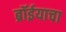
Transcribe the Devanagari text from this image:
ब्रॉईयाचा